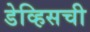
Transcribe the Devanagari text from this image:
डेव्हिसची